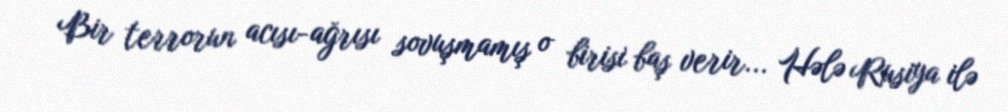
Bir terrorun acısı-ağrısı sovuşmamış o birisi baş verir... Hələ Rusiya ilə